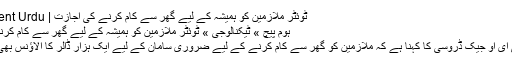
ٹوئٹر ملازمین کو ہمیشہ کے لیے گھر سے کام کرنے کی اجازت | Independent Urdu
ہوم پیچ » ٹیکنالوجی » ٹوئٹر ملازمین کو ہمیشہ کے لیے گھر سے کام کرنے کی اجازت
ٹوئٹر کے سی ای او جیک ڈروسی کا کہنا ہے کہ ملازمین کو گھر سے کام کرنے کے لیے ضروری سامان کے لیے ایک ہزار ڈالر کا الاؤنس بھی دیا جائے گا۔